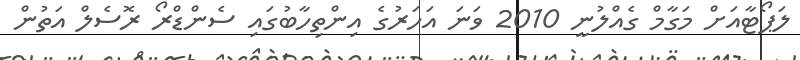
ލަޕޯޓާއަށް މަގާމް ގެއްލުނީ 2010 ވަނަ އަހަރުގެ އިންތިހާބުގައި ސެންޑްރޯ ރޮސެލް އަތުން